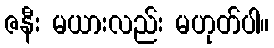
ဇနီး မယားလည်း မဟုတ်ပါ။